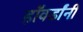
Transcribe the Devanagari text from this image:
हॉवर्डांनी